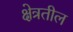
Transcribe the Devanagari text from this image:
क्षेत्रतील